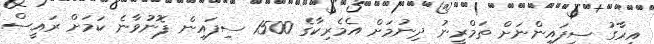
އިރާގު ސިފައިންނަށް ތަމްރީނު ދިނުމަށް އެމެރިކާގެ 1500 ސިފައިން ފޮނުވާނެ ކަމަށް ރައީސް